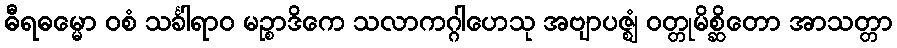
ဓီရဓမ္မော ဝစံ သင်္ခါရာဝ မဉ္စာဒိကေ သလာကဂ္ဂါဟေသု အဗျာပဇ္ဈံ ဝတ္တုမိစ္ဆိတော အာသတ္တာ